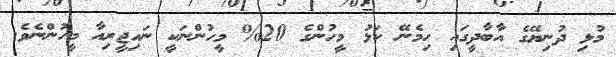
މުޅި ދުނިޔޭގެ އާބާދީގައި ހިމެނޭ ކަޅު މީހުންގެ 20% މީހުންނަކީ ނައިޖީރިއާ މީހުންނެވެ.